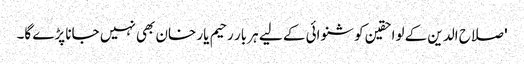
' صلاح الدین کے لواحقین کو شنوائی کے لیے ہر بار رحیم یار خان بھی نہیں جانا پڑے گا۔